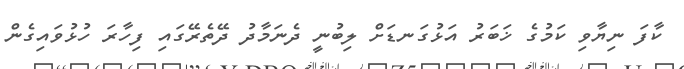
ކާފަ ނިޔާވި ކަމުގެ ޚަބަރު އަޅުގަނޑަށް ލިބުނީ ދެނަމާދު ދޭތެރޭގައި ފިހާރަ ހުޅުވައިގެން